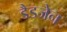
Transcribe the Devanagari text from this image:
डैडजेन